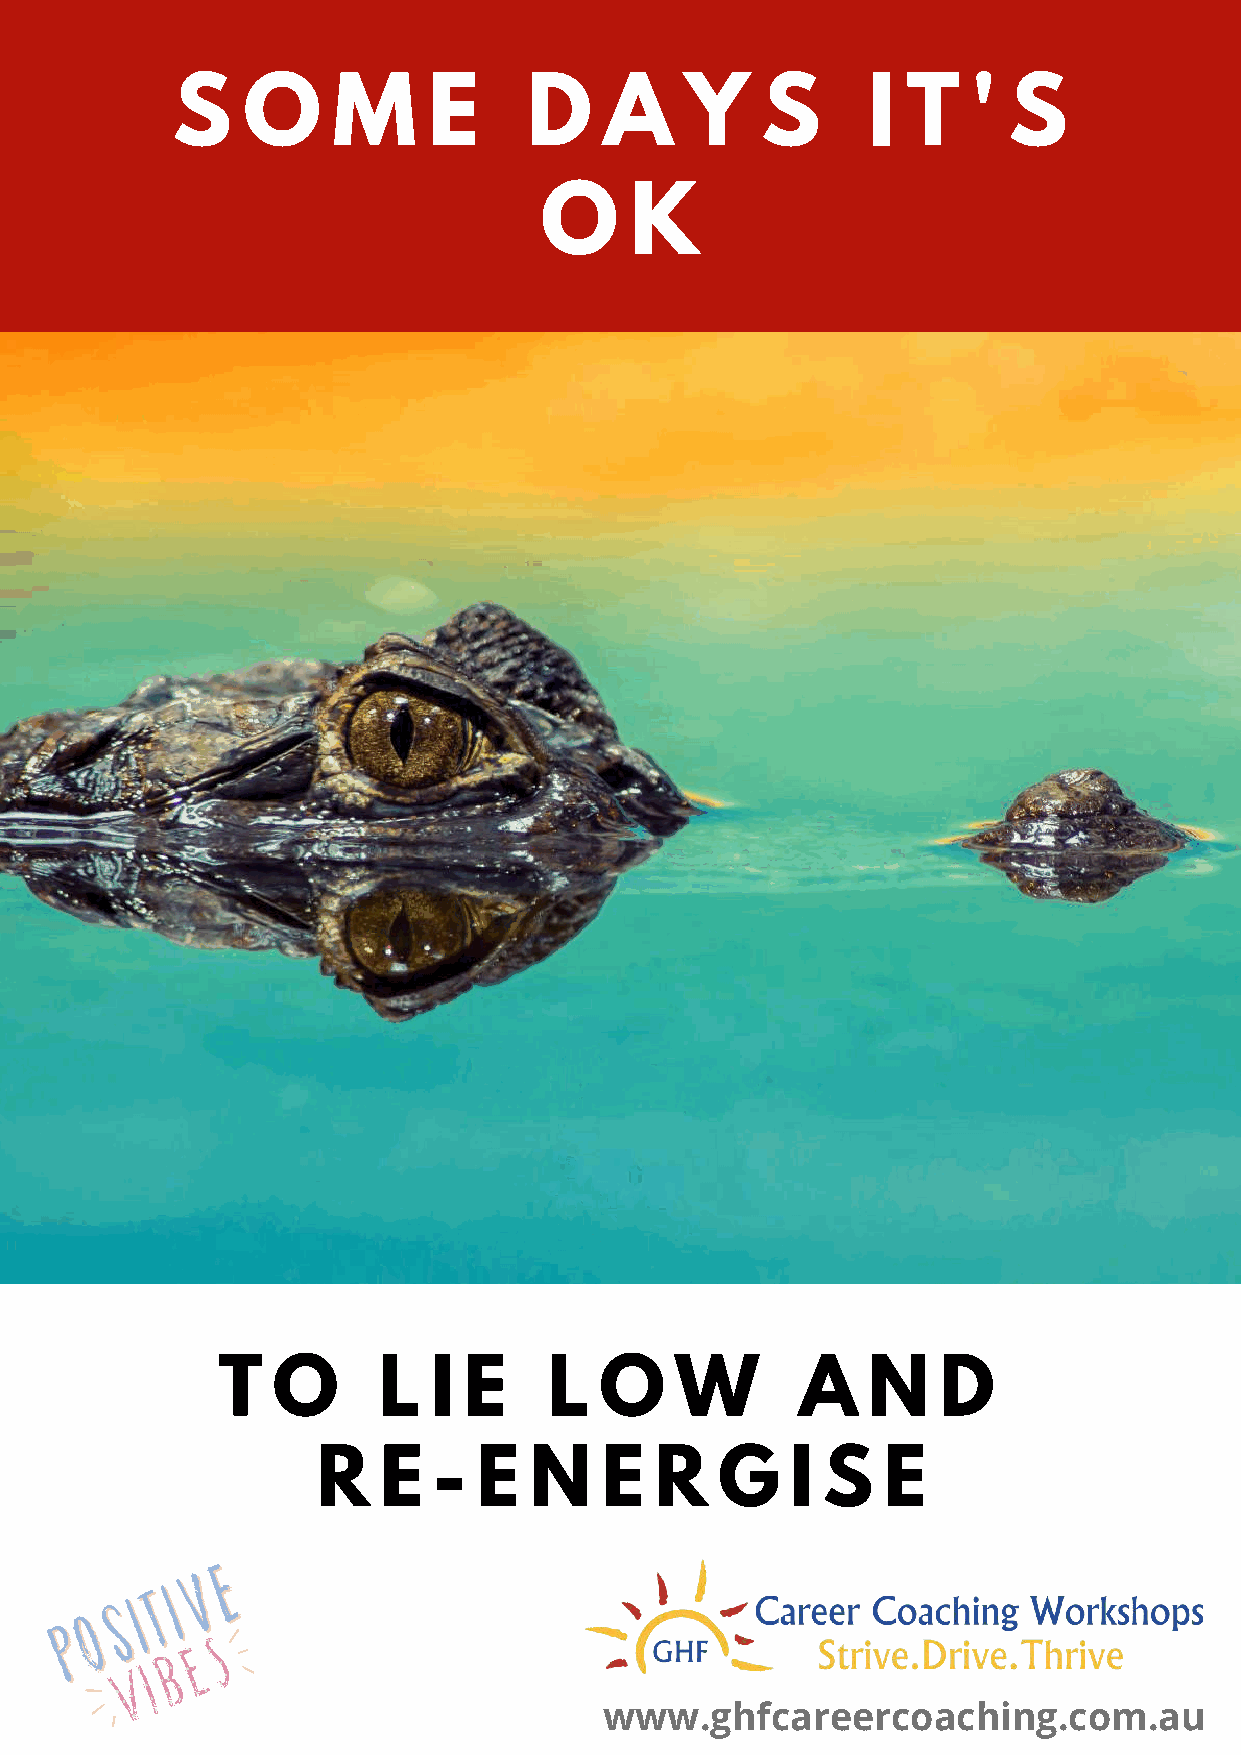
S    O     M     E      D    A    Y    S      I  T   '  S
 O     K
 T   O      L   I E    L   O    W       A   N    D
 R   E   -  E  N    E  R    G   I S   E
 www.ghfcareercoaching.com.au